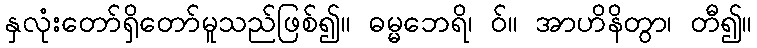
နှလုံးတော်ရှိတော်မူသည်ဖြစ်၍။ ဓမ္မဘေရိ၊ ဝ်။ အာဟိနိတွာ၊ တီ၍။